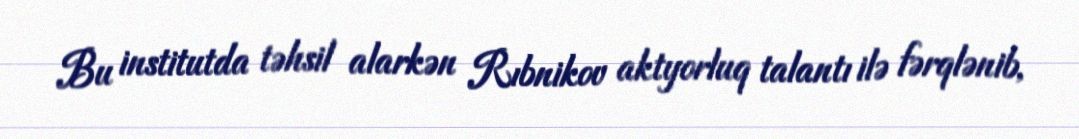
Bu institutda təhsil alarkən Rıbnikov aktyorluq talantı ilə fərqlənib,